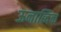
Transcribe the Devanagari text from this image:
ऊनाब्दिक